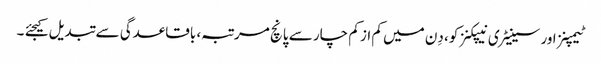
ٹیمپنز اور سینیٹری نیپکنز کو، دِن میں کم از کم چار سے پانچ مرتبہ، باقاعدگی سے تبدیل کیجئے ۔